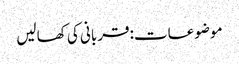
موضوعات:قربانی کی کھالیں